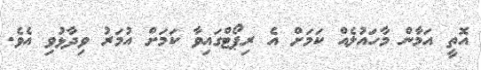
އޮތީ އަމާން މާހައުލެއް ކަމަށް އެ ރިޕޯޓްގައިވާ ކަމަށް އުމަރު ވިދާޅުވި އެވެ.